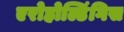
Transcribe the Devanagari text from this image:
एरोहोल्डिंगिस